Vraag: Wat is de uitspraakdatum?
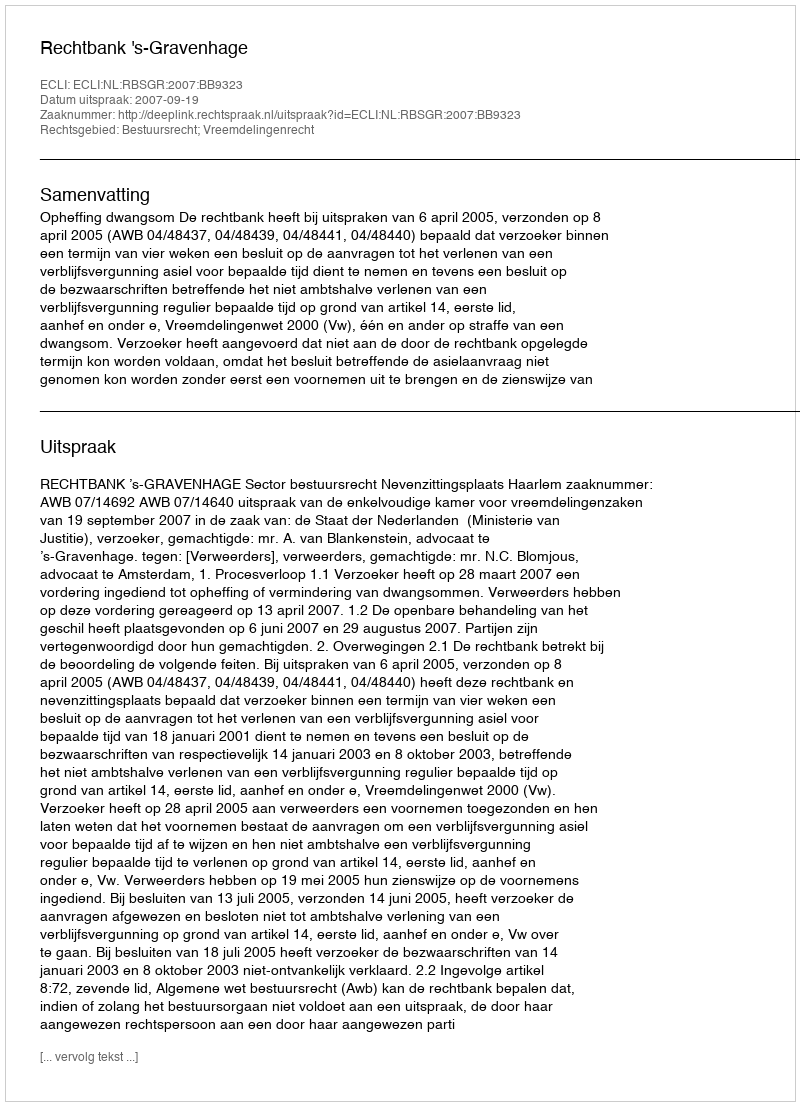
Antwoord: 2007-09-19